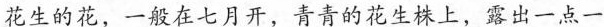
花生的花，一般在七月开，青青的花生株上，露出一点一